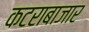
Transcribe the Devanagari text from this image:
कटराबाजार